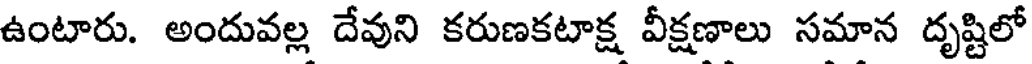
ఉంటారు. అందువల్ల దేవుని కరుణకటాక్ష వీక్షణాలు సమాన దృష్టిలో